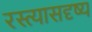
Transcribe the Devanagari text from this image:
रस्त्यासदृष्य